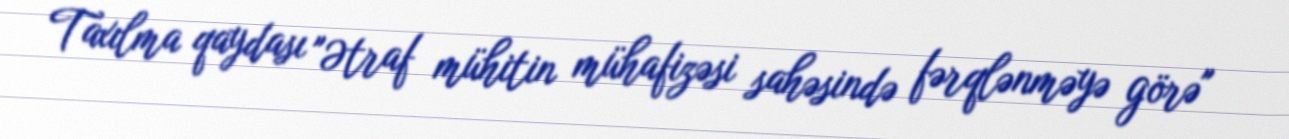
Taxılma qaydası "Ətraf mühitin mühafizəsi sahəsində fərqlənməyə görə"